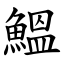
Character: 鰮